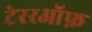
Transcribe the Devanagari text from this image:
टेररऑफ़